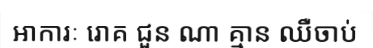
អាការៈ រោគ ជួន ណា គ្មាន ឈឺចាប់